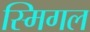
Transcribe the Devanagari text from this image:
स्मिगल